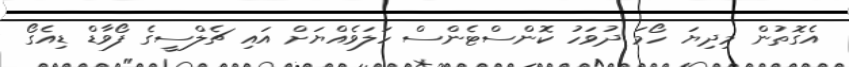
އެގޮތުން މިދިޔަ ހޯމަ ދުވަހު ކޮންސްޓެންސް ހަލަވެއްޔަށް އައި ޗެލްސީގެ ފޯވާޑް ޑިއެގޯ